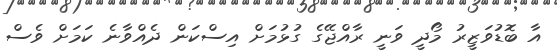
އާ ބޮޑުވަޒީރު މޯދީ ވަނީ ރާއްޖޭގެ ގުޅުމަށް އިސްކަން ދެއްވާނެ ކަމަށް ވެސް